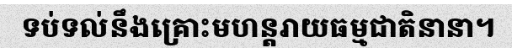
ទប់ទល់នឹងគ្រោះមហន្តរាយធម្មជាតិនានា។